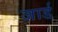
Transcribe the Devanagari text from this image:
जार्ड